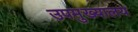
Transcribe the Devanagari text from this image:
उपमुख्यालय